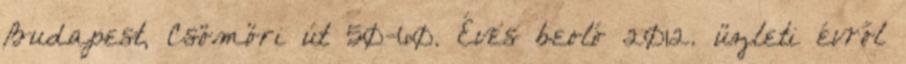
Budapest, Csömöri út 50-60. Éves beoló 2012. üzleti évről